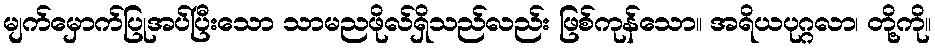
မျက်မှောက်ပြုအပ်ပြီးသော သာမညဖိုလ်ရှိသည်လည်း ဖြစ်ကုန်သော။ အရိယပုဂ္ဂလာ၊ တို့ကို။